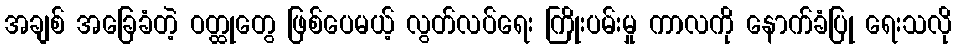
အချစ် အခြေခံတဲ့ ဝတ္ထုတွေ ဖြစ်ပေမယ့် လွတ်လပ်ရေး ကြိုးပမ်းမှု ကာလကို နောက်ခံပြု ရေးသလို